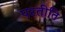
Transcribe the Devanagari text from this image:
परतीति